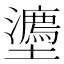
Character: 𭐉